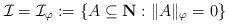
LaTeX: \begin{align*}\mathcal{I}=\mathcal{I}_\varphi:=\{A\subseteq \mathbf{N}: \|A\|_\varphi =0\}\end{align*}